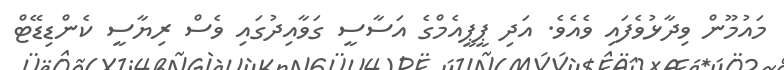
މައުމޫން ވިދާޅުވެފައި ވެއެވެ. އަދި ޕީޕީއެމްގެ އަސާސީ ގަވާއިދުގައި ވެސް ރިޔާސީ ކެންޑިޑޭޓް